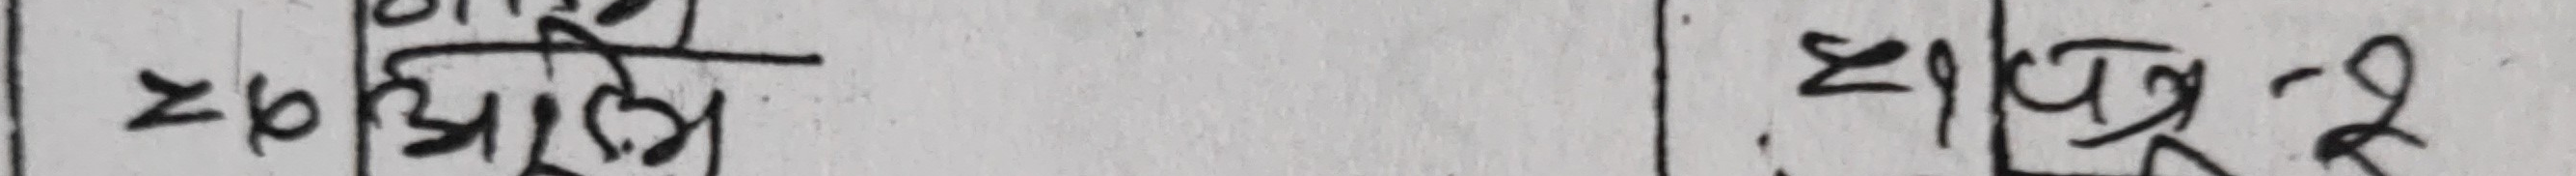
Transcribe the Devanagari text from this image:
२७ श्रावण २१ पुष्ट २